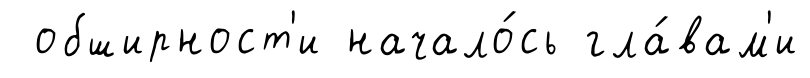
обширност'и начало́сь гла́вам'и